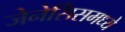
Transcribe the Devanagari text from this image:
जेनेसिसमध्ये